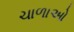
ચાળાઓ